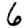
Digit: 6